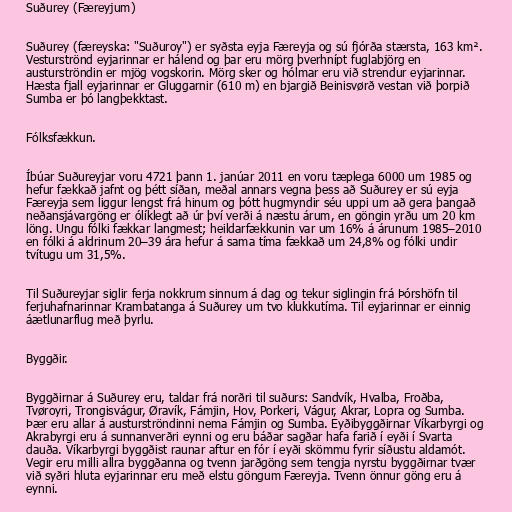
Suðurey (Færeyjum)

Suðurey (færeyska: "Suðuroy") er syðsta eyja Færeyja og sú fjórða stærsta, 163 km².
Vesturströnd eyjarinnar er hálend og þar eru mörg þverhnípt fuglabjörg en
austurströndin er mjög vogskorin. Mörg sker og hólmar eru við strendur eyjarinnar.
Hæsta fjall eyjarinnar er Gluggarnir (610 m) en bjargið Beinisvørð vestan við þorpið
Sumba er þó langþekktast.

Fólksfækkun.

Íbúar Suðureyjar voru 4721 þann 1. janúar 2011 en voru tæplega 6000 um 1985 og
hefur fækkað jafnt og þétt síðan, meðal annars vegna þess að Suðurey er sú eyja
Færeyja sem liggur lengst frá hinum og þótt hugmyndir séu uppi um að gera þangað
neðansjávargöng er ólíklegt að úr því verði á næstu árum, en göngin yrðu um 20 km
löng. Ungu fólki fækkar langmest; heildarfækkunin var um 16% á árunum 1985–2010
en fólki á aldrinum 20–39 ára hefur á sama tíma fækkað um 24,8% og fólki undir
tvítugu um 31,5%.

Til Suðureyjar siglir ferja nokkrum sinnum á dag og tekur siglingin frá Þórshöfn til
ferjuhafnarinnar Krambatanga á Suðurey um tvo klukkutíma. Til eyjarinnar er einnig
áætlunarflug með þyrlu.

Byggðir.

Byggðirnar á Suðurey eru, taldar frá norðri til suðurs: Sandvík, Hvalba, Froðba,
Tvøroyri, Trongisvágur, Øravík, Fámjin, Hov, Porkeri, Vágur, Akrar, Lopra og Sumba.
Þær eru allar á austurströndinni nema Fámjin og Sumba. Eyðibyggðirnar Víkarbyrgi og
Akrabyrgi eru á sunnanverðri eynni og eru báðar sagðar hafa farið í eyði í Svarta
dauða. Víkarbyrgi byggðist raunar aftur en fór í eyði skömmu fyrir síðustu aldamót.
Vegir eru milli allra byggðanna og tvenn jarðgöng sem tengja nyrstu byggðirnar tvær
við syðri hluta eyjarinnar eru með elstu göngum Færeyja. Tvenn önnur göng eru á
eynni.